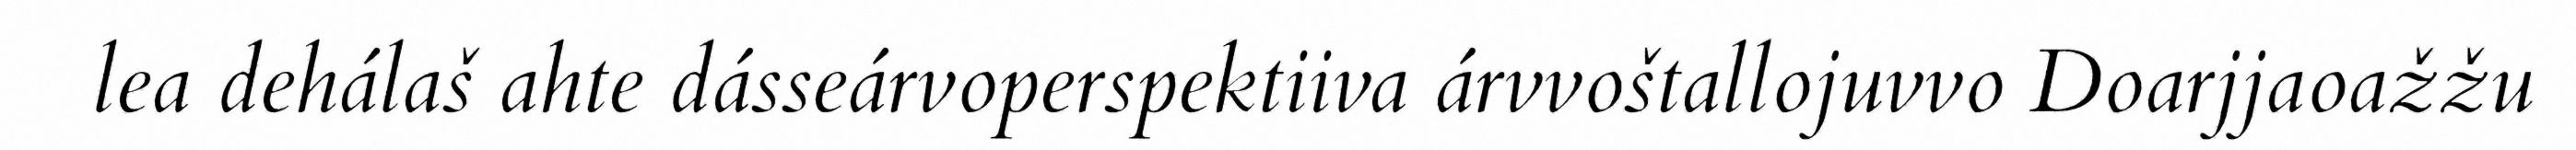
lea dehálaš ahte dásseárvoperspektiiva árvvoštallojuvvo Doarjjaoažžu